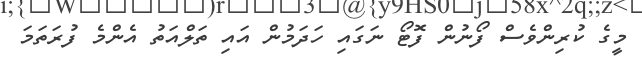
މީގެ ކުރިންވެސް ފޯނުން ފޮޓޯ ނަގައި ހަދަމުން އައި ތަލްއަތު އެންމެ ފުރަތަމަ